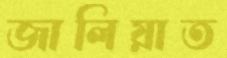
জালিয়াত